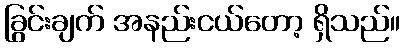
ခြွင်းချက် အနည်းငယ်တော့ ရှိသည်။